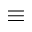
\equiv